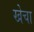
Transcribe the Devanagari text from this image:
खेचा